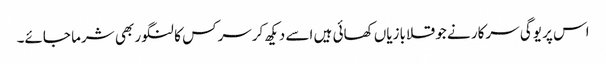
اس پر یوگی سرکار نے جو قلابازیاں کھائی ہیں اسے دیکھ کرسرکس کا لنگور بھی شرما جائے۔